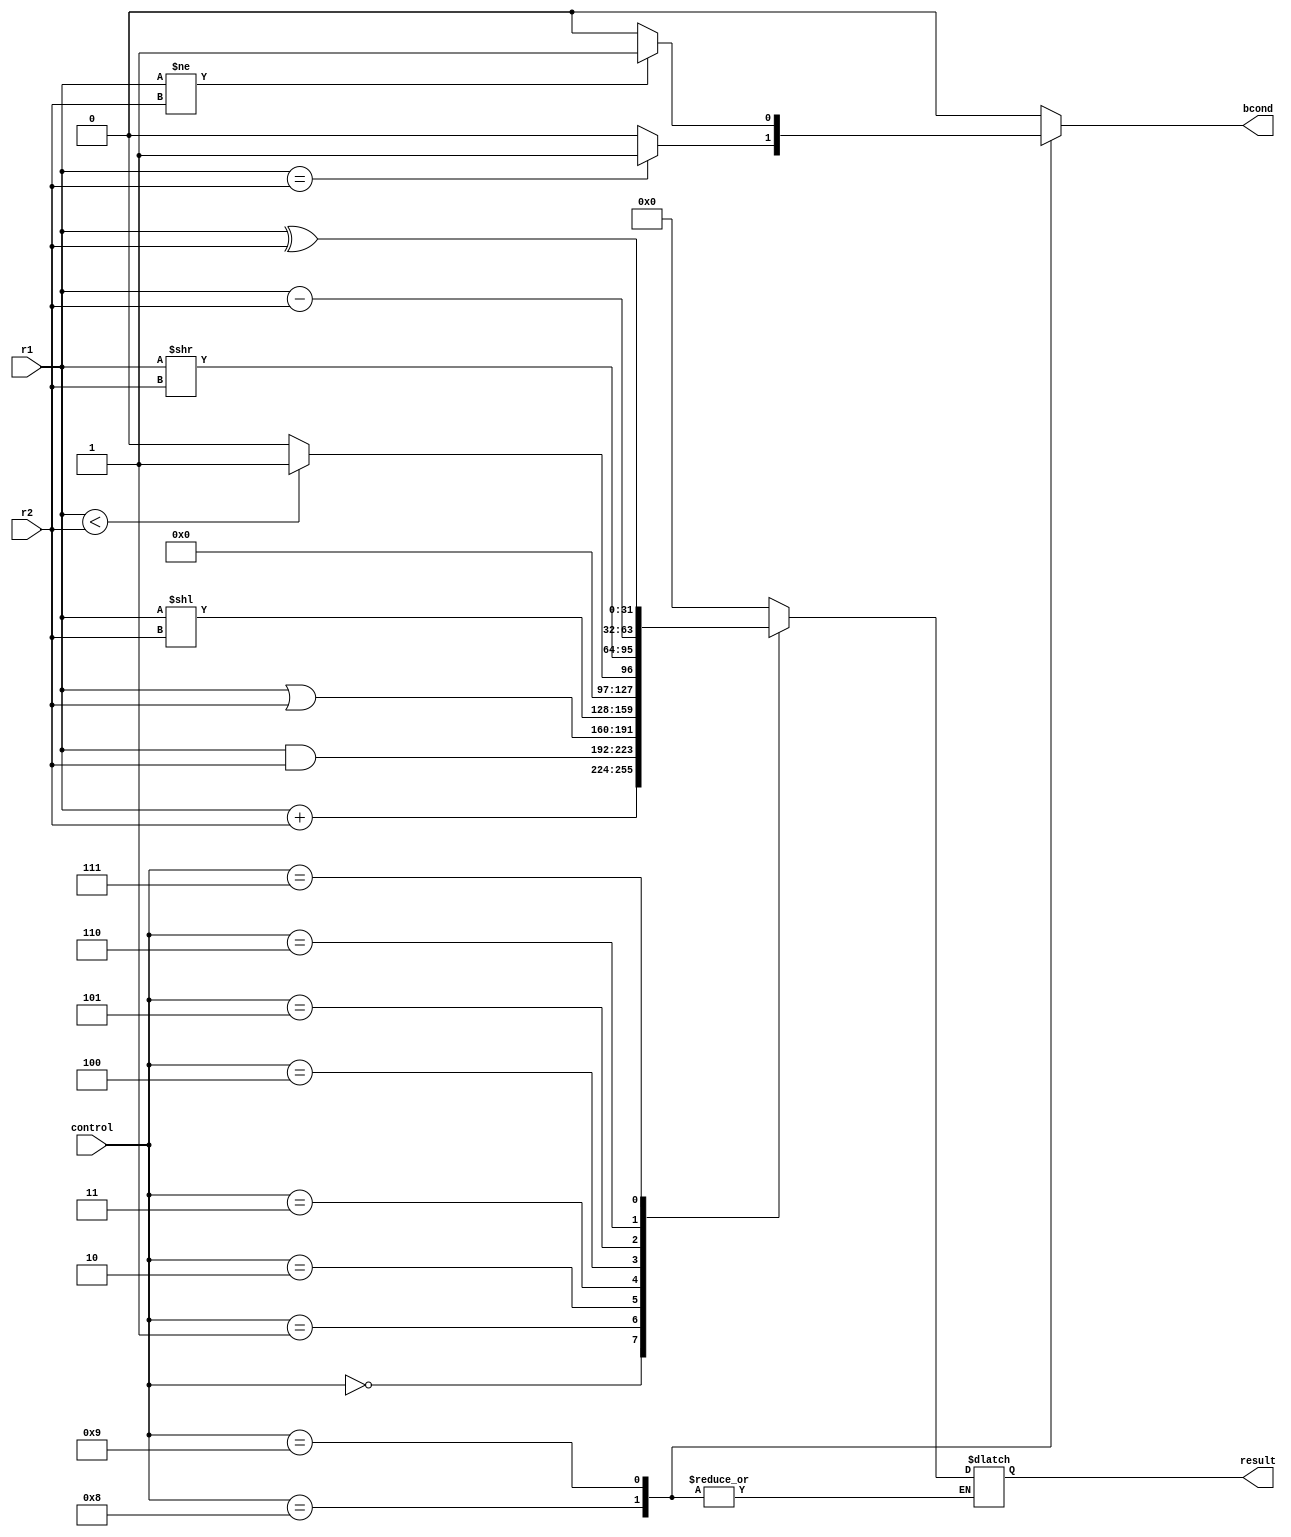

`timescale 1ns/100ps
module alu (
	input [31:0] r1,
	input [31:0] r2,
	input [3:0] control,
	output [31:0] result,
	output bcond
);

integer in1, in2, out;
reg bcond_w;

always @(*) 
	begin
		bcond_w = 1'b0;
		in1 = r1;
		in2 = r2;
		case(control)
			4'b0000: out = in1 + in2; //ADD and ADDI also LB, LW, SB ,SW
			4'b0001: out = in1 & in2; //AND and ANDI
			4'b0010: out = in1 | in2; //OR and ORI
			4'b0011: out = in1 << in2; //SLL, in1 shifted left by in2 amount
			4'b0100: out = (in1 < in2) ? 1 : 0; //SLT and SLTI, set on less than, output is set to 1 if in1<in2 else 0
			4'b0101: out = in1 >> in2; //SRL, in1 shifted right by in2 amount
			4'b0110: out = in1 - in2; //SUB
			4'b0111: out = in1 ^ in2; //XOR and XORI
			4'b1000: begin //BEQ, zero flag is 1 if branch is true i.e., if both inputs are equal
						if (in1 == in2) bcond_w = 1'b1;
						else bcond_w = 1'b0;
					  end
			4'b1001: begin //BNE, zero flag is 1 if branch is true i.e., if both inputs are not equal
						if (in1 != in2) bcond_w = 1'b1;
						else bcond_w = 1'b0;
					  end
			default: out = 0;
		endcase
	end
	assign bcond = bcond_w;
	assign result = out;
endmodule